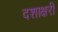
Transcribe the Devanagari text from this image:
दशाक्षरी